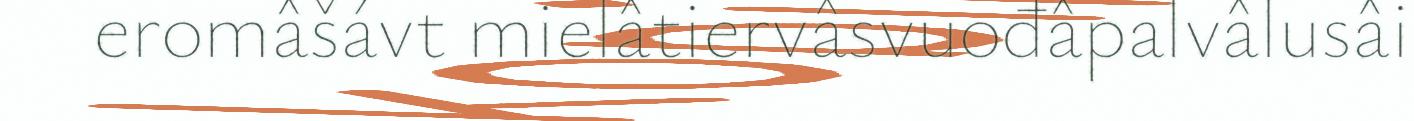
eromâšávt mielâtiervâsvuođâpalvâlusâi